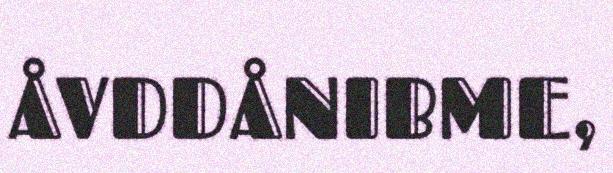
ÅVDDÅNIBME,